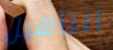
التأهيل